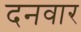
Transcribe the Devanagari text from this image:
दनवार